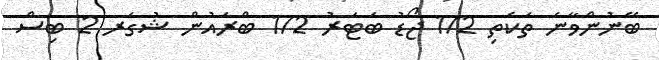
ބޭނުންވާނެ ތަކެތި 1/2 ޖޯޑު ބަޓަރު 1/2 ބްރައުން ޝުގަރ 2 ބިސް